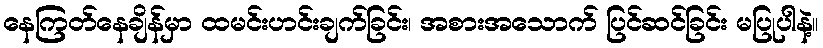
နေကြတ်နေချိန်မှာ ထမင်းဟင်းချက်ခြင်း၊ အစားအသောက် ပြင်ဆင်ခြင်း မပြုပါနဲ့။